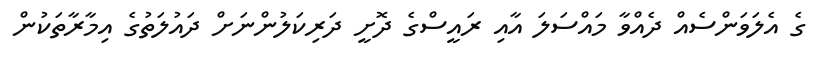
ގެ އެލަވަންސެއް ދެއްވާ މައްސަލަ އާއި ރައީސްގެ ދޮށީ ދަރިކަލުންނަށް ދައުލަތުގެ އިމާރާތަކުން